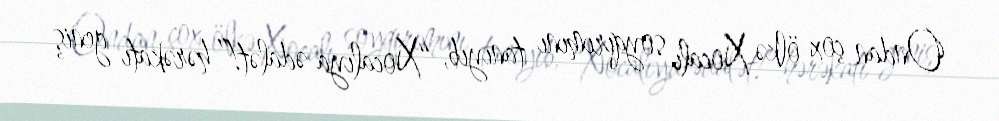
Ondan çox ölkə Xocalı soyqırımını tanıyıb, “Xocalıya ədalət!” hərəkatı geniş